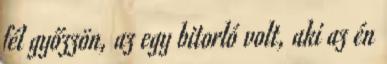
fél győzzön, az egy bitorló volt, aki az én